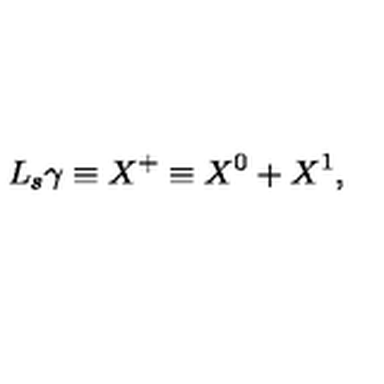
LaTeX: \ensuremath { L _ { s } } \gamma \equiv \ensuremath { X ^ { + } } \equiv X ^ { 0 } + X ^ { 1 } , \qquad